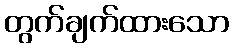
တွက်ချက်ထားသော